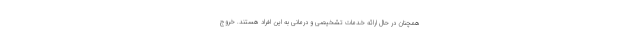
همچنان در حال ارائه خدمات تشخیصی و درمانی به این افراد هستند. خروج